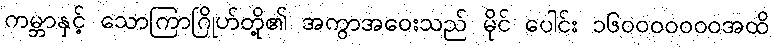
ကမ္ဘာနှင့် သောကြာဂြိုဟ်တို့၏ အကွာအဝေးသည် မိုင် ပေါင်း ၁၆၀၀၀၀၀၀၀အထိ